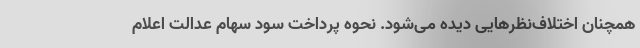
همچنان اختلاف‌نظرهایی دیده می‌شود. نحوه پرداخت سود سهام عدالت اعلام